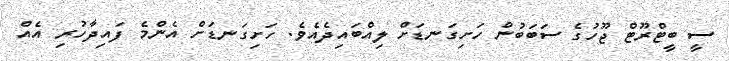
ސީ ބީޓްރޫޓް ޖޫހުގެ ސަބަބުން ހަށިގަނޑަށް ލިއްބައިދެއެވެ. ހަށިގަނޑަށް އެންމެ ފައިދާހުރި އެއް